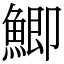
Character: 鯽